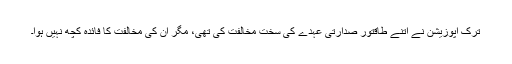
ترک اپوزیشن نے اتنے طاقتور صدارتی عہدے کی سخت مخالفت کی تھی، مگر ان کی مخالفت کا فائدہ کچھ نہیں ہوا۔